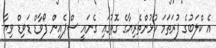
އެ ކްލަބުގެ ފުރަތަމަ ކުޅުންތެރިޔާގެ ގޮތުގައި ގެނައީ ސްޕެއިން ފޯވާޑް ޑަވިޑް ވިޔާ